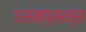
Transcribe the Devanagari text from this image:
एसम्प्सन्स